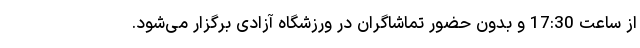
از ساعت 17:30 و بدون حضور تماشاگران در ورزشگاه آزادی برگزار می‌شود.